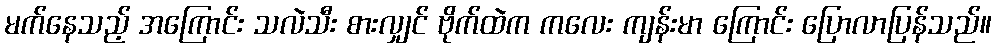
မက်နေသည့် အကြောင်း သလဲသီး စားလျှင် ဗိုက်ထဲက ကလေး ကျန်းမာ ကြောင်း ပြောလာပြန်သည်။